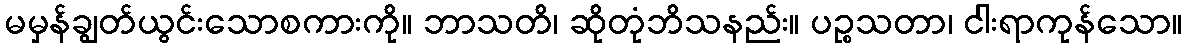
မမှန်ချွတ်ယွင်းသောစကားကို။ ဘာသတိ၊ ဆိုတုံဘိသနည်း။ ပဉ္စသတာ၊ ငါးရာကုန်သော။